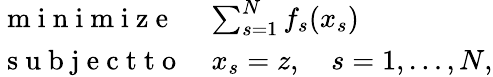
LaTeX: \begin{array}{ll}{\mathrm{~m~i~n~i~m~i~z~e~}}&{\sum_{s=1}^{N}f_{s}(x_{s})}\\ {\mathrm{~s~u~b~j~e~c~t~t~o~}}&{x_{s}=z,\quad s=1,\ldots,N,}\end{array}